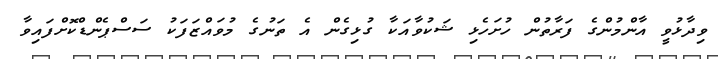
ވިދާޅުވީ އާންމުންގެ ފަރާތުން ހުށަހެޅި ޝަކުވާއަކާ ގުޅިގެން އެ ތަނުގެ މުވައްޒަފަކު ސަސްޕެންޑްކޮށްފައިވާ